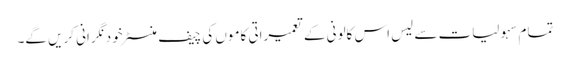
تمام سہولیات سے لیس اس کالونی کے تعمیراتی کاموں کی چیف منسٹر خود نگرانی کریں گے۔